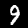
Label: 9